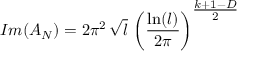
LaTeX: I m ( A _ { N } ) = 2 \pi ^ { 2 } \, \sqrt { l } \, \left( \frac { \ln ( l ) } { 2 \pi } \right) ^ { { \textstyle \frac { k + 1 - D } { 2 } } }